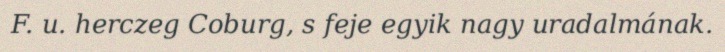
F. u. herczeg Coburg, s feje egyik nagy uradalmának.